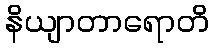
နိယျာတာရောတိ